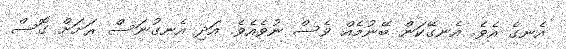
އެނގެ އެވެ. އެނގޭކަން ބޭނުމެއް ވެސް ނުވެއެވެ. އަދި އެނގުނަސް ރަށަށް ގޮސް